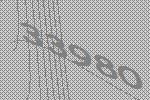
33980